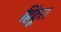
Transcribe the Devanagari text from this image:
हिंदूस